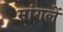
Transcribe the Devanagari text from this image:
मांगलें